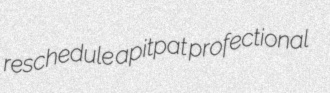
reschedule apitpat profectional